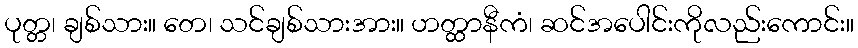
ပုတ္တ၊ ချစ်သား။ တေ၊ သင်ချစ်သားအား။ ဟတ္ထာနီကံ၊ ဆင်အပေါင်းကိုလည်းကောင်း။